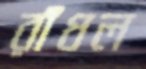
রাঁধল